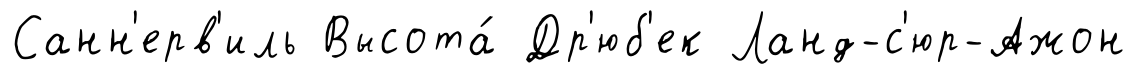
Санн'ерв'иль Высота́ Др'юб'ек Ланд-с'юр-Ажон